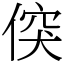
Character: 𠊲